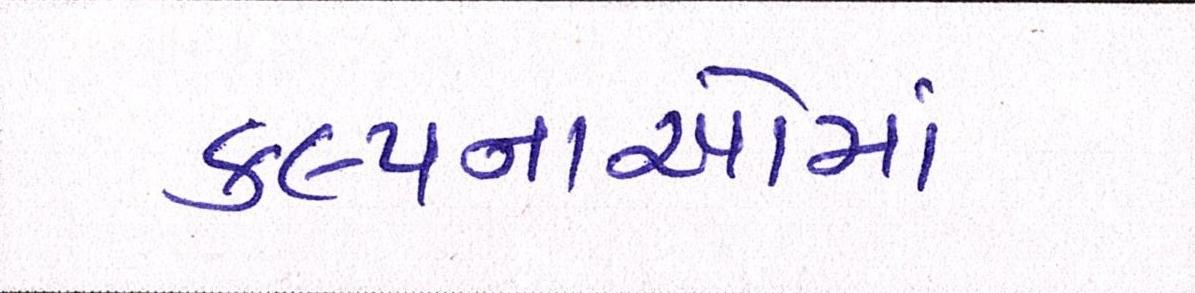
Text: કલ્પનાઓમાં